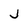
Character: J